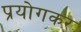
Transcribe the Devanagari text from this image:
प्रयोगकर